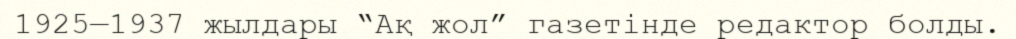
1925—1937 жылдары “Ақ жол” газетінде редактор болды.